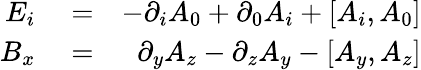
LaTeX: \begin{array}{rlr}{E_{i}}&{{}=}&{-\partial_{i}A_{0}+\partial_{0}A_{i}+[A_{i},A_{0}]}\\ {B_{x}}&{{}=}&{\partial_{y}A_{z}-\partial_{z}A_{y}-[A_{y},A_{z}]}\end{array}